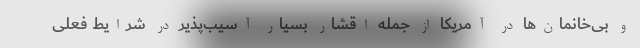
و بی‌خانمان‌ها در آمریکا از جمله اقشار بسیار آسیب‌پذیر در شرایط فعلی